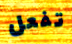
تفعل